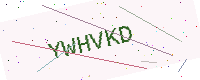
Text: YWHVKD